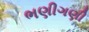
ભણીગણી